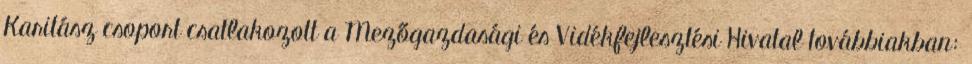
Karitász csoport csatlakozott a Mezőgazdasági és Vidékfejlesztési Hivatal továbbiakban: